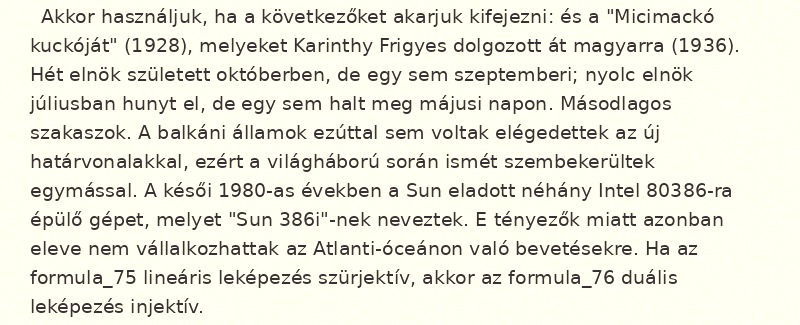
Akkor használjuk, ha a következőket akarjuk kifejezni: és a "Micimackó kuckóját" (1928), melyeket Karinthy Frigyes dolgozott át magyarra (1936). Hét elnök született októberben, de egy sem szeptemberi; nyolc elnök júliusban hunyt el, de egy sem halt meg májusi napon. Másodlagos szakaszok. A balkáni államok ezúttal sem voltak elégedettek az új határvonalakkal, ezért a világháború során ismét szembekerültek egymással. A késői 1980-as években a Sun eladott néhány Intel 80386-ra épülő gépet, melyet "Sun 386i"-nek neveztek. E tényezők miatt azonban eleve nem vállalkozhattak az Atlanti-óceánon való bevetésekre. Ha az formula_75 lineáris leképezés szürjektív, akkor az formula_76 duális leképezés injektív.